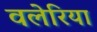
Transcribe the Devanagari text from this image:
वलेरिया